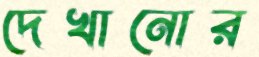
দেখানোর